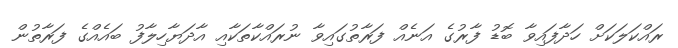
ރައްކަލަކަށް ހަދާފައިވާ ބޮޑު ފާރުގެ އަނެއް ފަރާތުގައިވާ ނުރައްކާތަކާއި އާދަޔާހިލާފު ބައެއްގެ ފަރާތުން